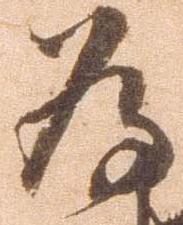
為